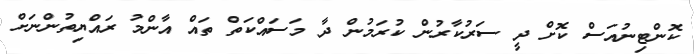
ކޮންޓިނުއަސް ކޮށް ދީ ސަރުކާރުން ކުރަމުން ދާ މަސައްކަތް ތައް އާންމު ރައްޔިތުންނަށް